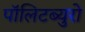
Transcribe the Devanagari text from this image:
पॉलिटब्युरो